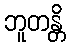
ဘူတန္တိ